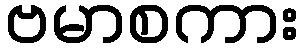
ဗမာစကား